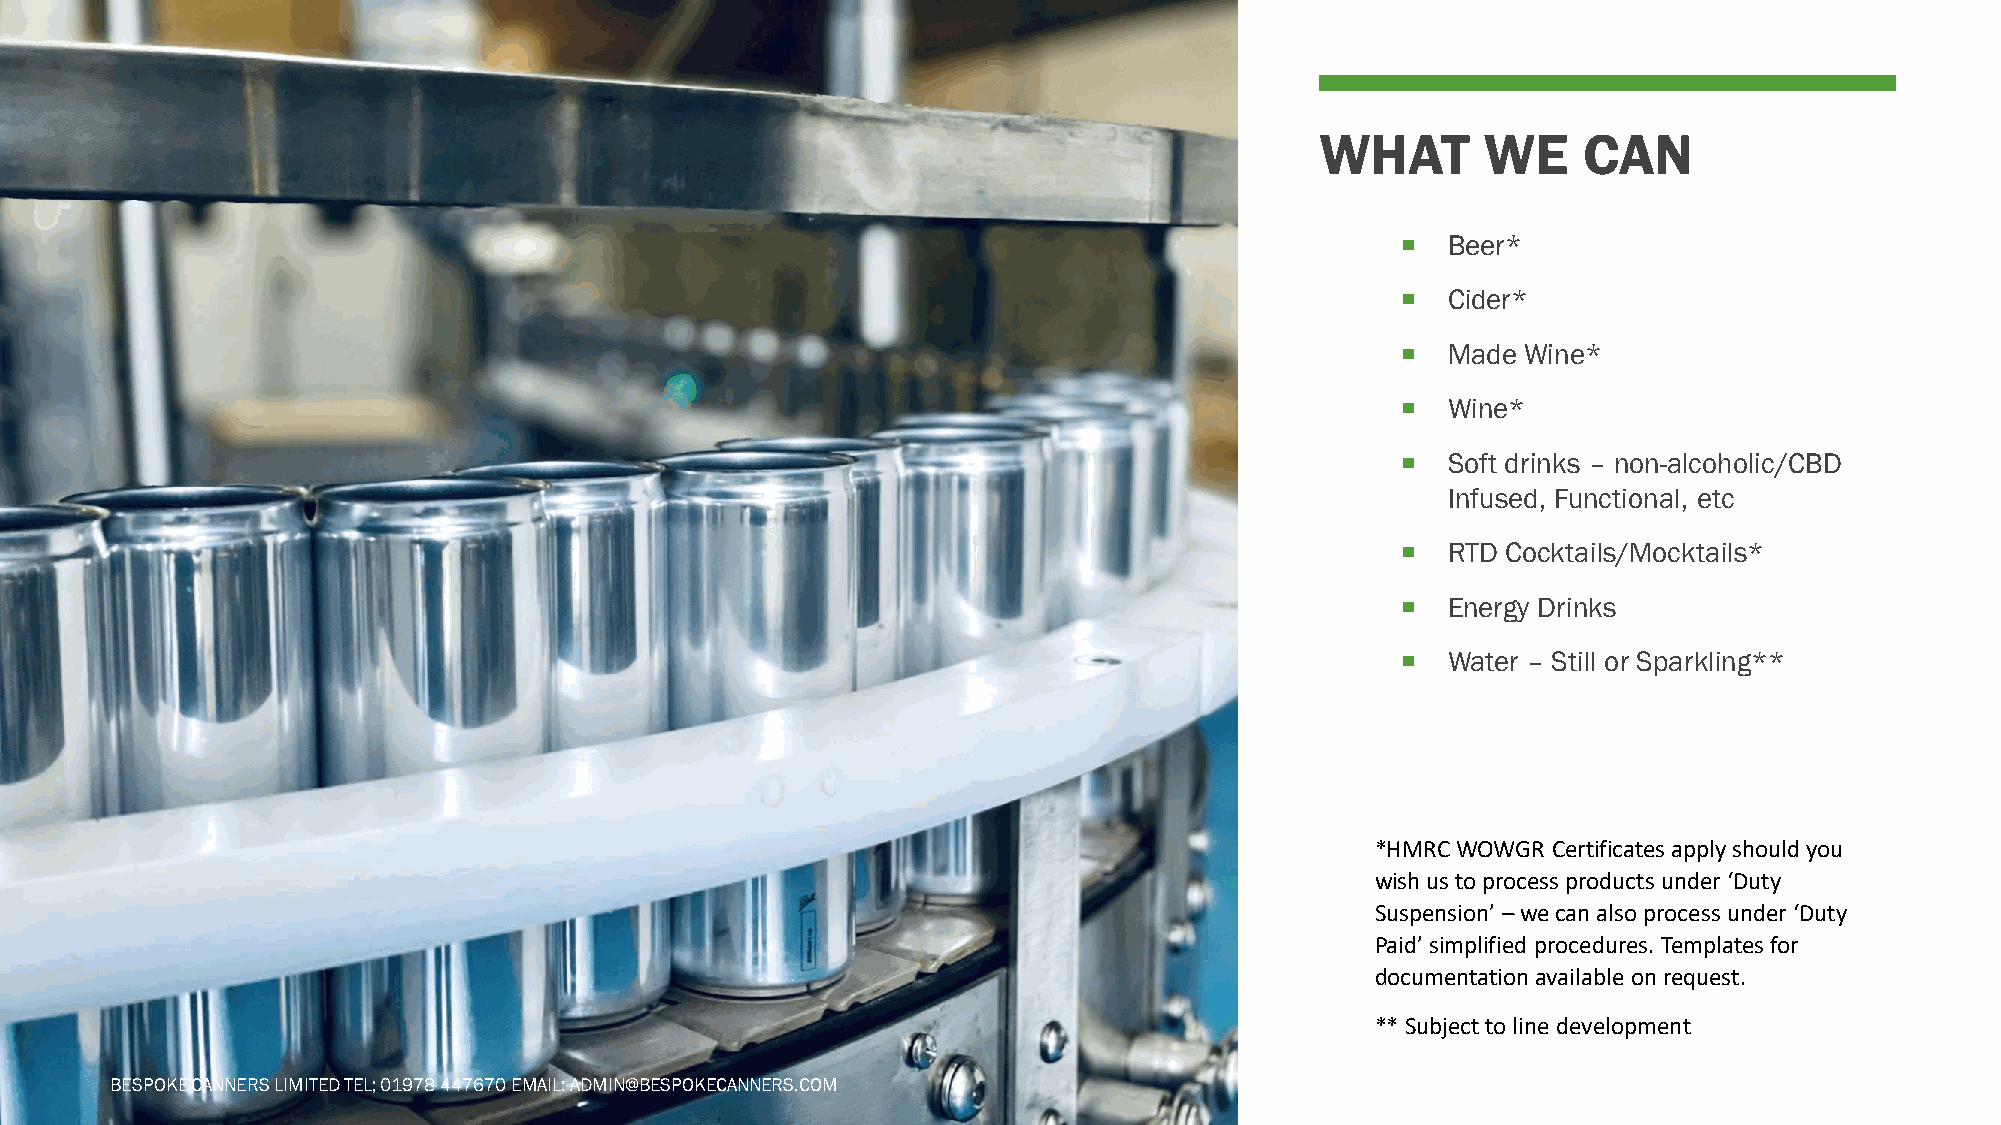
WHAT       WE     CAN
   Beer*
   Cider*
   Made Wine*
   Wine*
   Soft drinks – non-alcoholic/CBD
 Infused, Functional, etc
   RTD Cocktails/Mocktails*
   Energy Drinks
   Water – Still or Sparkling**
 *HMRC WOWGR Certificates apply should you
 wish us to process products under ‘Duty
 Suspension’ –we can also process under ‘Duty
 Paid’ simplified procedures. Templates for
 documentation available on request.
 ** Subject to line development
 BESPOKE CANNERS LIMITED TEL; 01978 447670 EMAIL: ADMIN@BESPOKECANNERS.COM